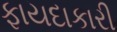
ફાયદાકારી